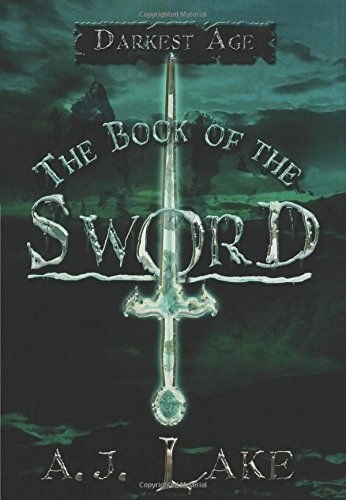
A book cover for The Book of the Sword: Darkest Age (The Darkest Age); A.J. Lake; Children's Books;